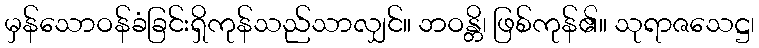
မှန်သောဝန်ခံခြင်းရှိကုန်သည်သာလျှင်။ ဘဝန္တိ၊ ဖြစ်ကုန်၏။ သုရာဇသေဋ္ဌ၊